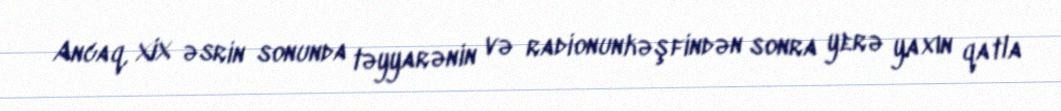
Ancaq, XIX əsrin sonunda təyyarənin və radionunkəşfindən sonra yerə yaxın qatla